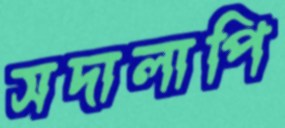
সদালাপি